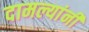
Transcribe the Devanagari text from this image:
दामल्यांनी